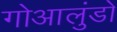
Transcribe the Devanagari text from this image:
गोआलुंडो